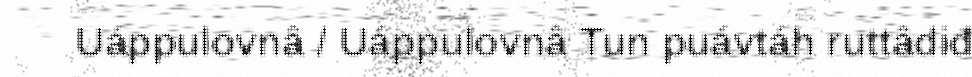
Uáppulovnâ / Uáppulovnâ Tun puávtáh ruttâdiđ